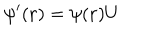
\psi ^ { \prime } ( { \bf r } ) = \psi ( { \bf r } ) U